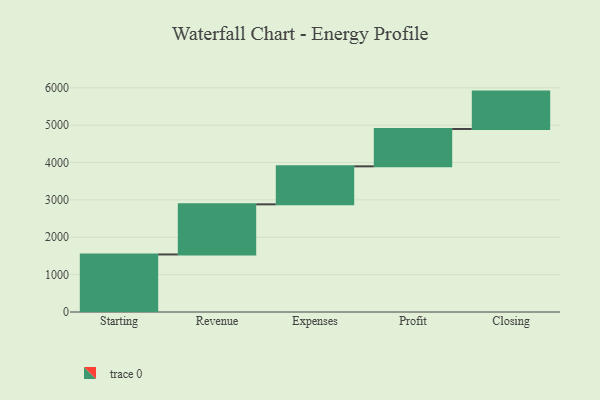
{"axis": {"x": "Step", "y": "Value"}, "legend": [""], "data": [{"x": "Starting", "y": 1540.0, "type": ""}, {"x": "Revenue", "y": 1341.0, "type": ""}, {"x": "Expenses", "y": 1017.0, "type": ""}, {"x": "Profit", "y": 1000, "type": ""}, {"x": "Closing", "y": 1000, "type": ""}]}